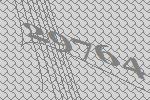
29764